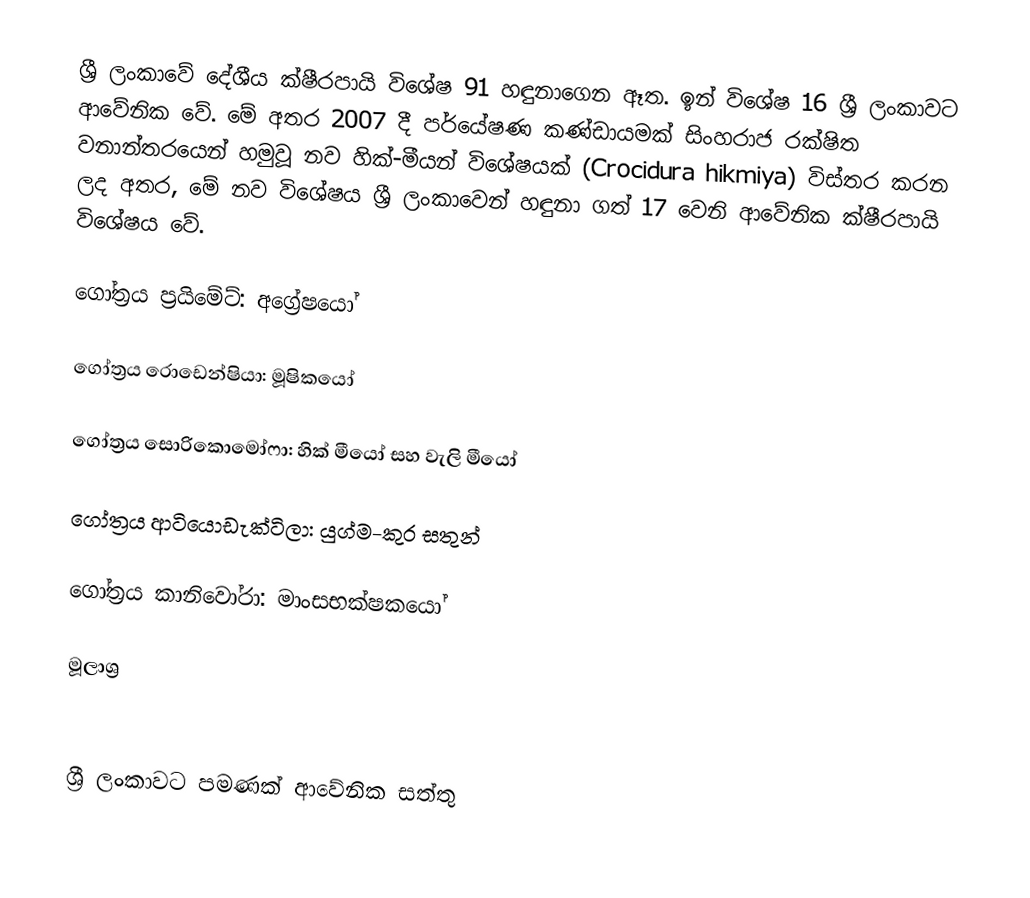
ශ්‍රී ලංකාවේ දේශීය ක්ෂීරපායි විශේෂ 91 හඳුනාගෙන ඈත. ඉන් විශේෂ 16 ශ්‍රී ලංකාවට ආවේනික වේ. මේ අතර 2007 දී පර්යේෂණ කණ්ඩායමක් සිංහරාජ රක්ෂිත වනාන්තරයෙන් හමුවූ නව හික්-මීයන් විශේෂයක් (Crocidura hikmiya) විස්තර කරන ලද අතර, මේ නව විශේෂය ශ්‍රී ලංකාවෙන් හඳුනා ගත් 17 වෙනි ආවේනික ක්ෂීරපායි විශේෂය වේ.

ගෝත්‍රය ප්‍රයිමේට්: අග්‍රේෂයෝ

ගෝත්‍රය රොඩෙන්ෂියා: මූෂිකයෝ

ගෝත්‍රය සොරිකොමෝෆා: හික් මීයෝ සහ වැලි මීයෝ

ගෝත්‍රය ආටියොඩැක්ටිලා: යුග්ම-කුර සතුන්

ගෝත්‍රය කානිවෝරා: මාංසභක්ෂකයෝ

මූලාශ්‍ර

ශ්‍රී ලංකා‍වට පමණක් ආවේනික සත්තු